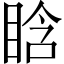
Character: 𥆡